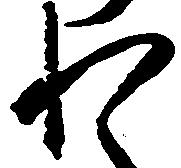
わ